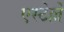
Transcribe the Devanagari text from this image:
एस्टेल्ले